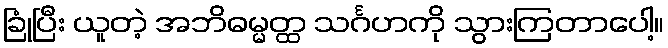
ခြုံပြီး ယူတဲ့ အဘိဓမ္မတ္ထ သင်္ဂဟကို သွားကြတာပေါ့။